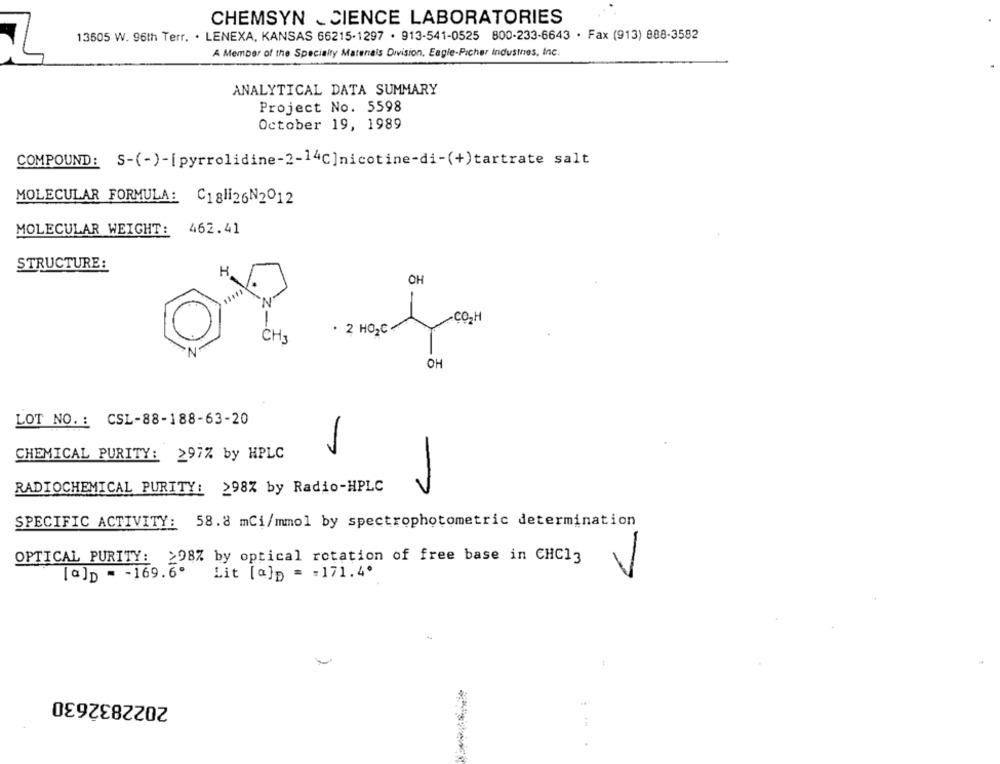
CHEMSYN _CIENCE LABORATORIES
13605 W. 96th Terr. . LENEXA, KANSAS 66215.1297 . 913-541-0525 800-233-6643 · Fax (913) 888-3582
A Member of the Specialty Materials Division, Eagle-Picher industries, Inc.
ANALYTICAL DATA SUMMARY
Project No. 5598
October 19, 1989
COMPOUND: S-(-)-[pyrrolidine-2-14C]nicotine-di-(+)tartrate salt
MOLECULAR FORMULA: C181126N2012
MOLECULAR WEIGHT: 462.41
STRUCTURE:
OH
CO,H
. 2 HO2C
CH3
OH
LOT NO. : CSL-88-188-63-20
CHEMICAL PURITY: 297% by HPLC
RADIOCHEMICAL PURITY: 298% by Radio-HPLC
SPECIFIC ACTIVITY: 58.8 mCi/mmol by spectrophotometric determination
OPTICAL PURITY: >98% by optical rotation of free base in CHCI3
[a]p = - 169.6º Lit [a]p = = 171.4º
2022832630